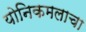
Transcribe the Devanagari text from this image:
योनिकमलाचा